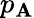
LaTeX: p_{\mathbf{A}}